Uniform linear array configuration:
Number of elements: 48
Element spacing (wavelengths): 0.75
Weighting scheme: binomial
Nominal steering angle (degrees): -30
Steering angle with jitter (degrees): -28.858
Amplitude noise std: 0.05
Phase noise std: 0.05

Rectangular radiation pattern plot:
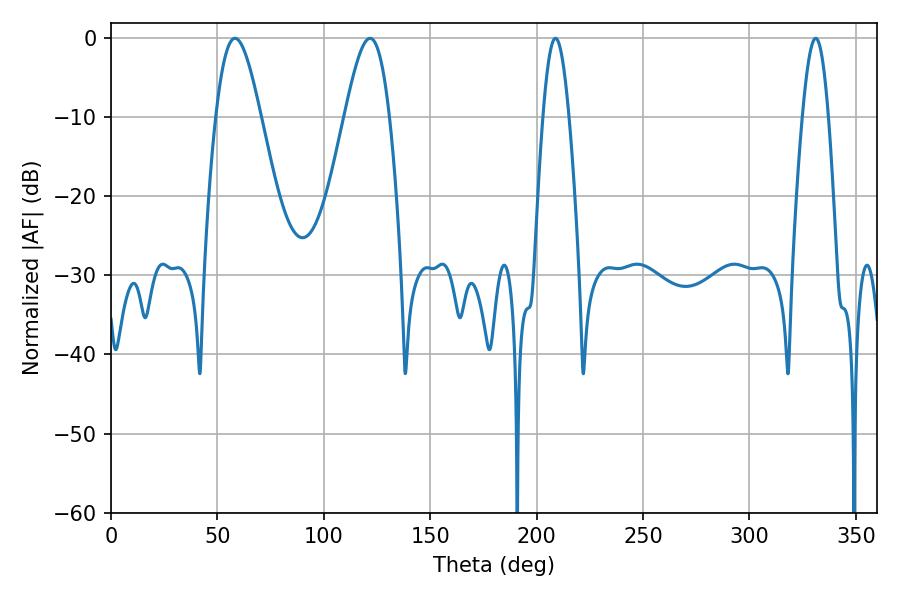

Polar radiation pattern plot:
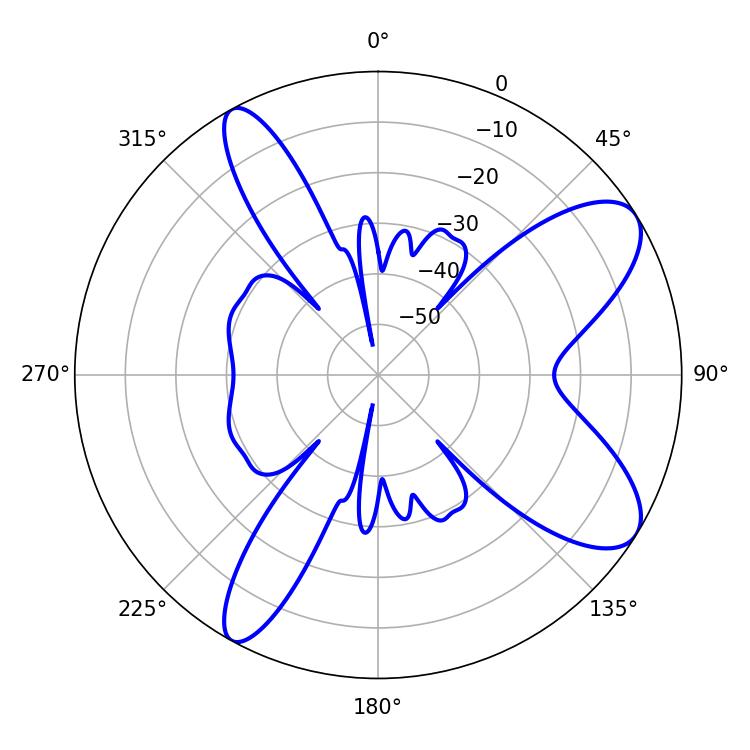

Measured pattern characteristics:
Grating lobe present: TRUE
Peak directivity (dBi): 9.042
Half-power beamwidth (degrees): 11.16
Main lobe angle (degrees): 58.32